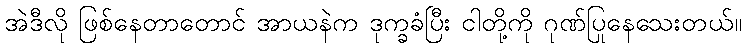
အဲဒီလို ဖြစ်နေတာတောင် အာယနဲက ဒုက္ခခံပြီး ငါတို့ကို ဂုဏ်ပြုနေသေးတယ်။